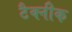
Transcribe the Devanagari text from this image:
टैक्नीक